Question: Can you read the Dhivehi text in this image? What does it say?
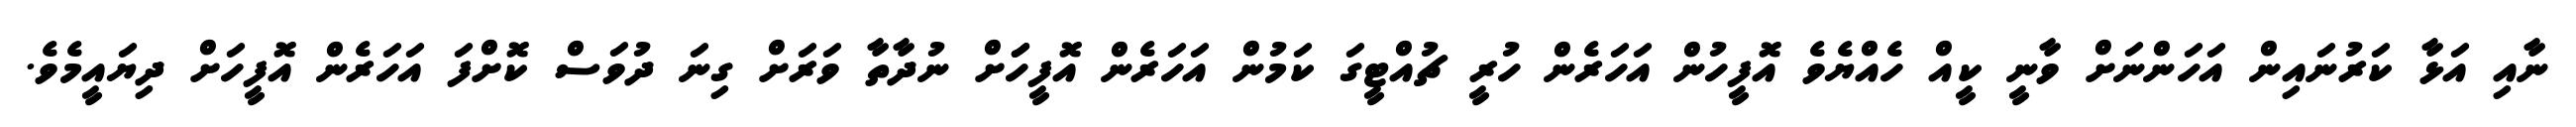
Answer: ނާއި އަޅާ ކަރުނައިން އަހަންނަށް ވާނީ ކީއް ހެއްޔެވެ އޮފީހުން އަހަރެން ހުރީ ޗުއްޓީގަ ކަމުން އަހަރެން އޮފީހަަށް ނުދާތާ ވަރަށް ގިނަ ދުވަސް ކޮށްފަ އަހަރެން އޮފީހަށް ދިޔައީމެވެ.